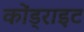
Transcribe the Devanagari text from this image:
कोंड्राइट